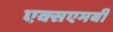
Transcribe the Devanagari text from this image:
एक्सएमबी